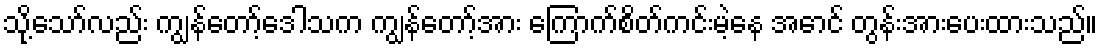
သို့သော်လည်း ကျွန်တော့်ဒေါသက ကျွန်တော့်အား ကြောက်စိတ်ကင်းမဲ့နေ အောင် တွန်းအားပေးထားသည်။